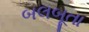
બલબૂતા